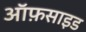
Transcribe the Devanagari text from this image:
ऑफ़साइड